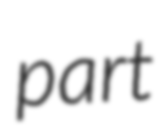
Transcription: part